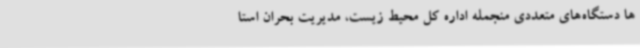
ها دستگاه‌های متعددی منجمله اداره کل محیط زیست، مدیریت بحران استا